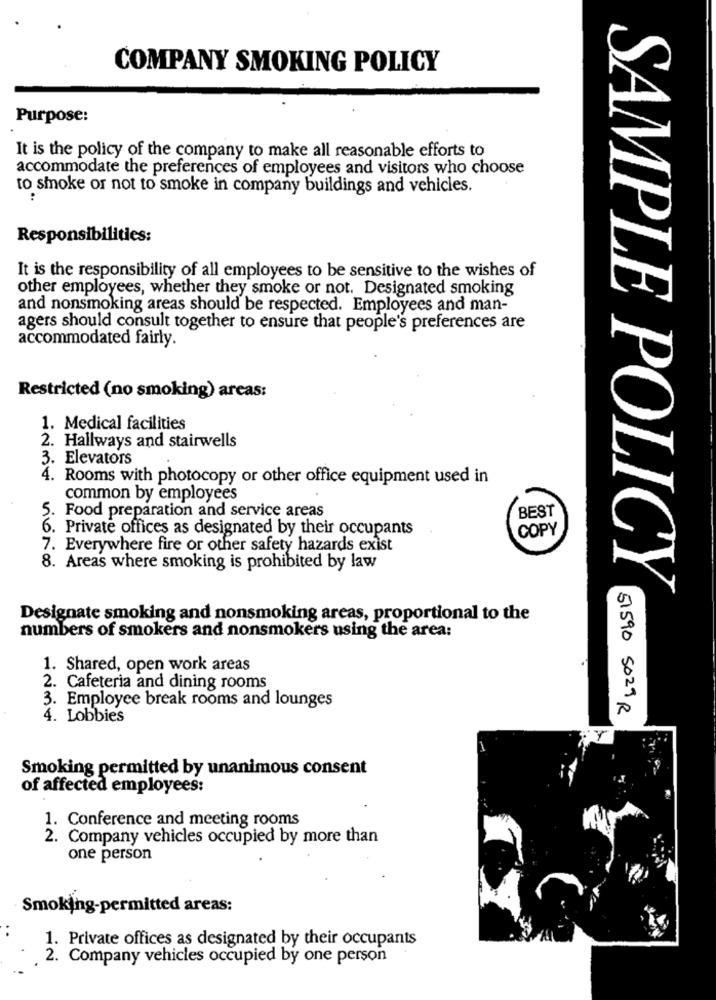
COMPANY SMOKING POLICY
Purpose:
It is the policy of the company to make all reasonable efforts to
accommodate the preferences of employees and visitors who choose
to smoke or not to smoke in company buildings and vehicles.
..
Responsibilities:
It is the responsibility of all employees to be sensitive to the wishes of
other employees, whether they smoke or not. Designated smoking
and nonsmoking areas should be respected. Employees and man-
agers should consult together to ensure that people's preferences are
accommodated fairly.
Restricted (no smoking) areas:
1. Medical facilities
2. Hallways and stairwells
3. Elevators
4. Rooms with photocopy or other office equipment used in
common by employees
BEST
5. Food preparation and service areas
6. Private offices as designated by their occupants
COPY
7. Everywhere fire or other safety hazards exist
8. Areas where smoking is prohibited by law
SAMPLE POLICY
Designate smoking and nonsmoking areas, proportional to the
numbers of smokers and nonsmokers using the area:
1. Shared, open work areas
2. Cafeteria and dining rooms
3. Employee break rooms and lounges
51590 5029R
4. Lobbies
Smoking permitted by unanimous consent
of affected employees:
1. Conference and meeting rooms
2. Company vehicles occupied by more than
one person
Smoking-permitted areas:
1. Private offices as designated by their occupants
2. Company vehicles occupied by one person